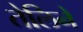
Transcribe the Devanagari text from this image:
तेलिने